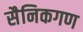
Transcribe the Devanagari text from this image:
सैनिकगण